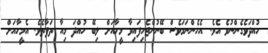
ހުއްދަވެގެންނުވެ އެވެ. އެހެންނަމަވެސް ބޭނުންޖެހިފައިވާ މީހާއަށް ލިބޭ ހުއްދަ މިއާ ތަފާތެވެ. އެމީހާއަށް